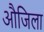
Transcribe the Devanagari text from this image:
औजिला